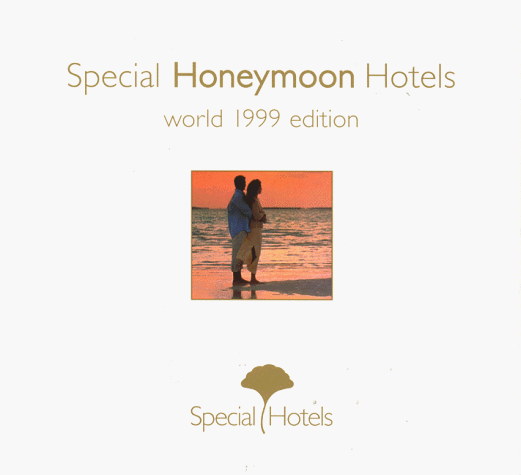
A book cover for Special Honeymoon Hotels: World 1999; Crafts, Hobbies & Home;